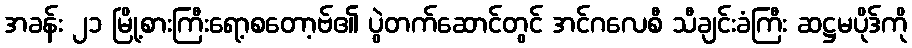
အခန်း ၂၁ မြို့စားကြီးရော့စတော့ဗ်၏ ပွဲတက်ဆောင်တွင် အင်ဂလေစီ သီချင်းခံကြီး ဆဋ္ဌမပိုဒ်ကို